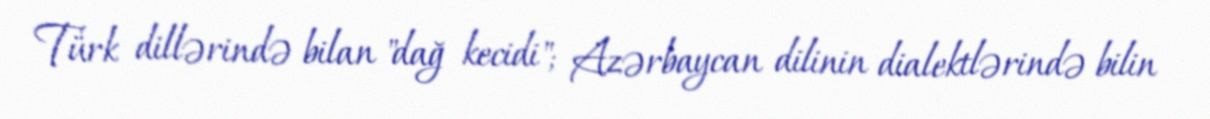
Türk dillərində bilan "dağ kecidi"; Azərbaycan dilinin dialektlərində bilin